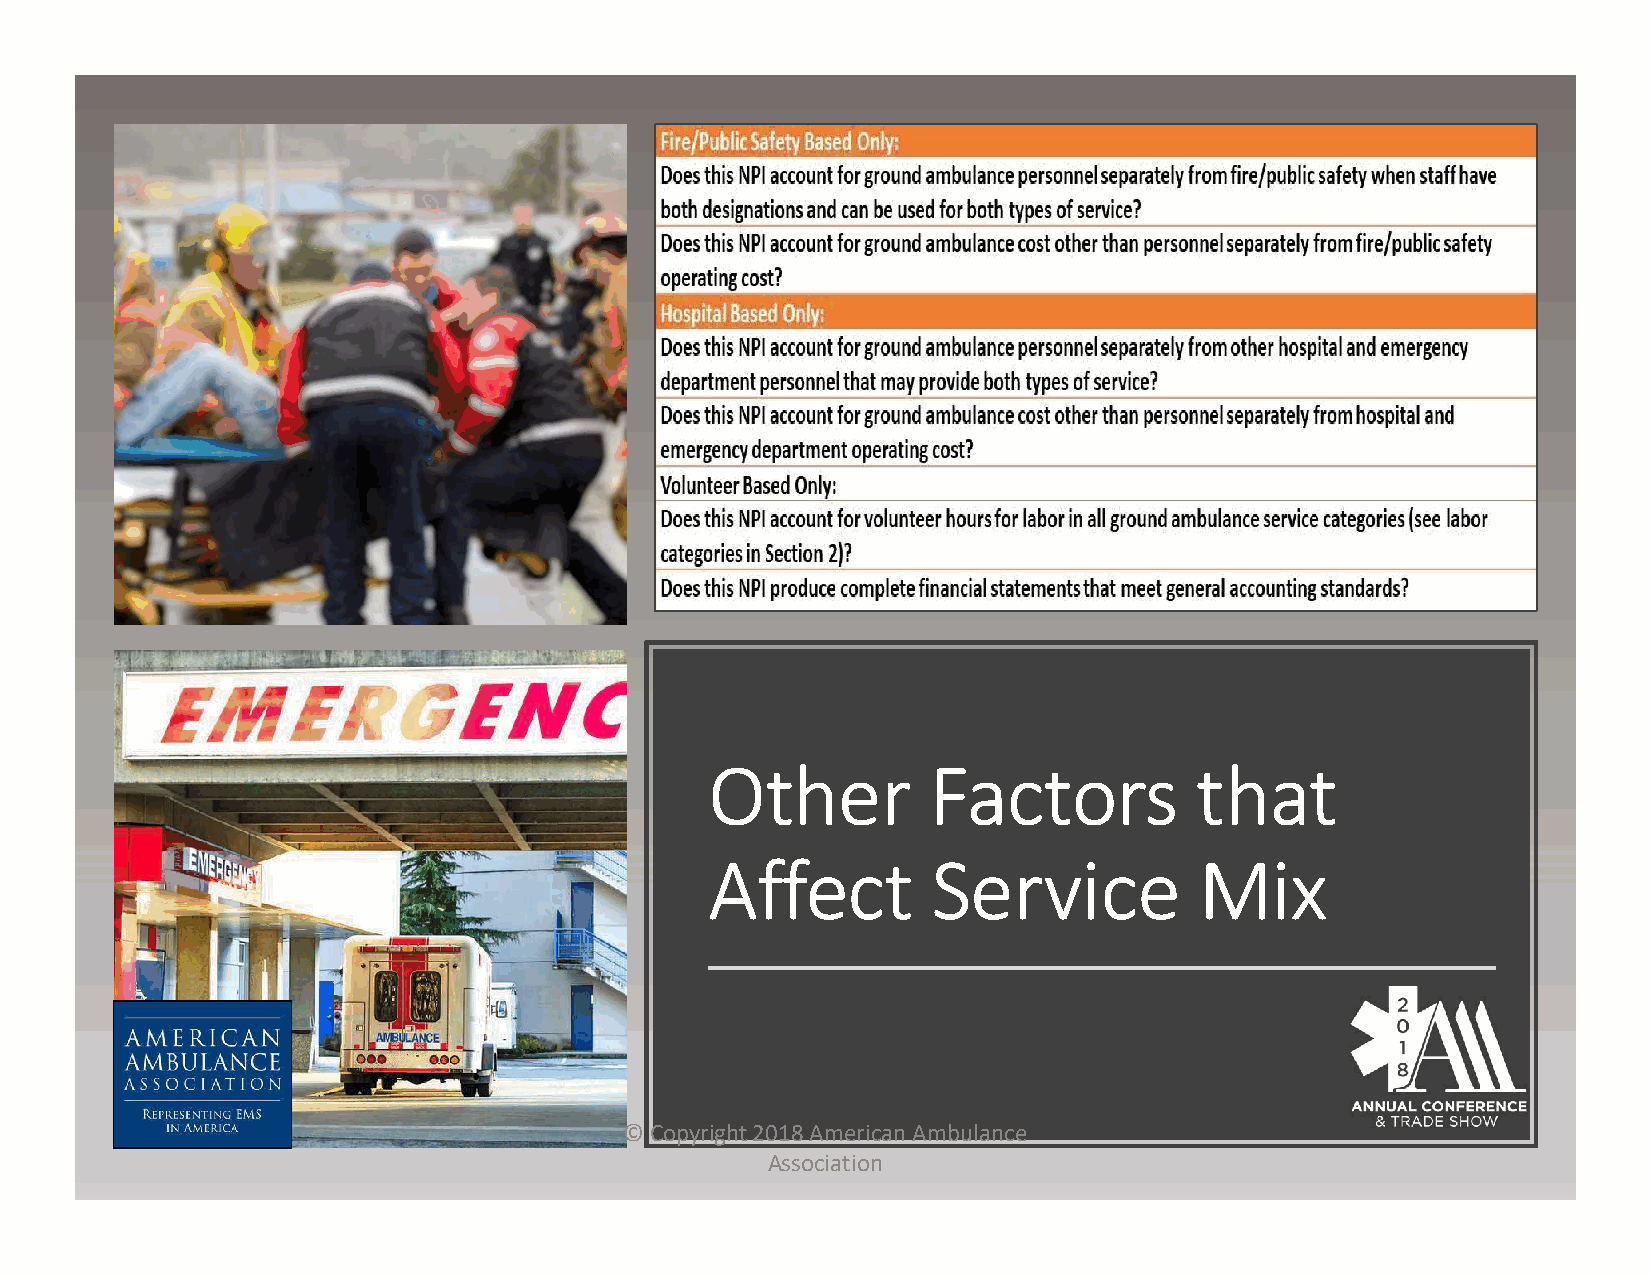
Other         Factors           that
 Affect         Service          Mix
 © Copyright 2018 American Ambulance
 Association